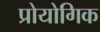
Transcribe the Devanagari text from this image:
प्रोयोगिक